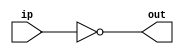
module invert(input wire ip, output wire out);
	assign out = ! ip;
endmodule

module and2(input wire ip0, ip1, output wire out);
	assign out = ip0 & ip1;
endmodule

module xor2(input wire ip0, ip1, output wire out);
	assign out = ip0 ^ ip1;
endmodule

module and3(input wire ip0, ip1, ip2, output wire out);
	wire t;
	and2 and2_0 (ip0, ip1, t);
	and2 and2_1 (ip2, t, out);
endmodule

module df(input wire clk, in, output wire out);
	reg df_out;
	always @( posedge clk) df_out <= in;
	assign out = df_out;
endmodule

module dfr(input wire clk, reset, in, output wire out);
	wire reset_, df_in;
	invert invert_0 (reset, reset_);
	and2 and2_0 (in, reset_, df_in);
	df df_0 (clk, df_in, out);
endmodule